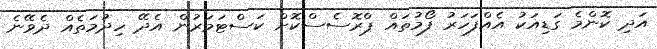
އަދި ކޮންމެ ގަޑިއަކު އެއްފަހަރު ފޯމުތައް ޕްރޮސެސްކޮށް ކަސްޓަމަރުން އެދޭ ހިދުމަތެއް ދެވޭނެ